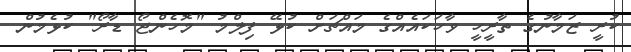
ކުރީ ޒަމާނުގެ ތާރީހީ ވާހަކައެއްގެ މައްޗަށް ކުޅޭ ފިލްމު "މޮހެންޖޯ ޑާރޯ" ކުޅެމުން